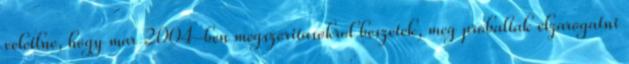
veletlne, hogy mar 2004-ben megszoritasokrol beszetek, meg probaltak elzarogatni